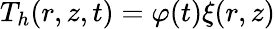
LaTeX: T_{h}(r,z,t)=\varphi(t)\xi(r,z)